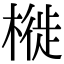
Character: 𣘩